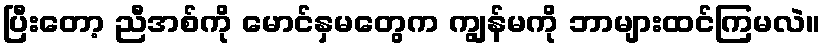
ပြီးတော့ ညီအစ်ကို မောင်နှမတွေက ကျွန်မကို ဘာများထင်ကြမလဲ။